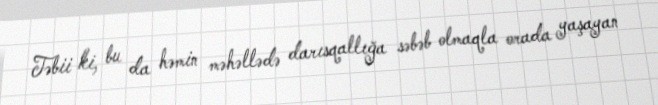
Təbii ki, bu da həmin məhəllədə darısqallığa səbəb olmaqla orada yaşayan